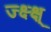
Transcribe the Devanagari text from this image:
ज्क्ष्क्ष्